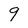
Character: 9